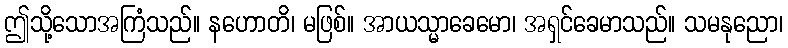
ဤသို့သောအကြံသည်။ နဟောတိ၊ မဖြစ်။ အာယသ္မာခေမော၊ အရှင်ခေမာသည်။ သမနုညော၊